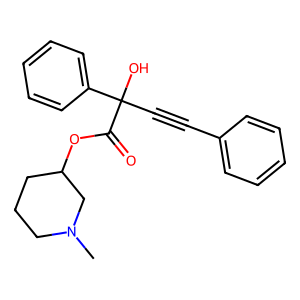
SMILES: CN1CCCC(OC(=O)C(O)(C#Cc2ccccc2)c2ccccc2)C1
Inhibits HIV replication: No